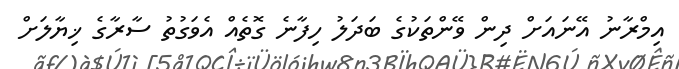
އިމްރާނު އޭނައަށް ދިން ވޭންތަކުގެ ބަދަލު ހިފާނެ ގޮތެއް އެވަގުތު ސާރާގެ ޚިޔާލަށް